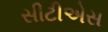
સીટીએસ